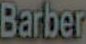
Barber